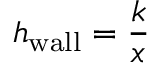
h _ { \mathrm { { w a l l } } } = { \frac { k } { x } }